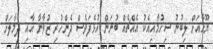
ޔޫހާއަށް ލިބުނު ސިހުމާއިއެކު އެއްޗެއް ބުނަން އުޅެފަވެސް ދެންހުރި ޒުވާނާ އާއި ދިމާލަށް